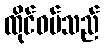
ထိုင်ဝမ်သည်